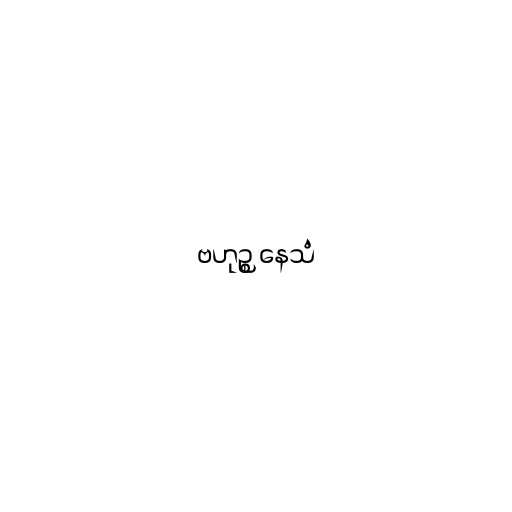
ဗဟုဉ္စ နေသံ